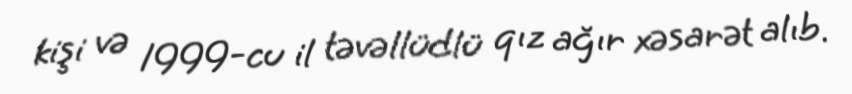
kişi və 1999-cu il təvəllüdlü qız ağır xəsarət alıb.